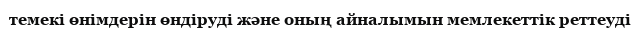
темекі өнімдерін өндіруді және оның айналымын мемлекеттік реттеуді